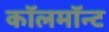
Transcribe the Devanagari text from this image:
कॉलमॉन्ट